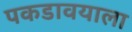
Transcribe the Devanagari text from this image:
पकडावयाला